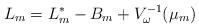
LaTeX: \begin{align*}L_m=L_m^*-B_m+V_\omega^{-1}(\mu_m)\end{align*}